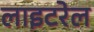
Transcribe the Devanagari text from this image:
लाइटरेल